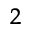
_ 2